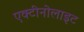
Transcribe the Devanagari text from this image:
एक्टीनोलाइट